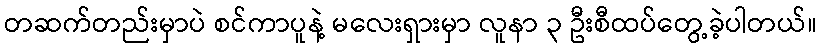
တဆက်တည်းမှာပဲ စင်ကာပူနဲ့ မလေးရှားမှာ လူနာ ၃ ဦးစီထပ်တွေ့ခဲ့ပါတယ်။